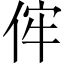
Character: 𠈭